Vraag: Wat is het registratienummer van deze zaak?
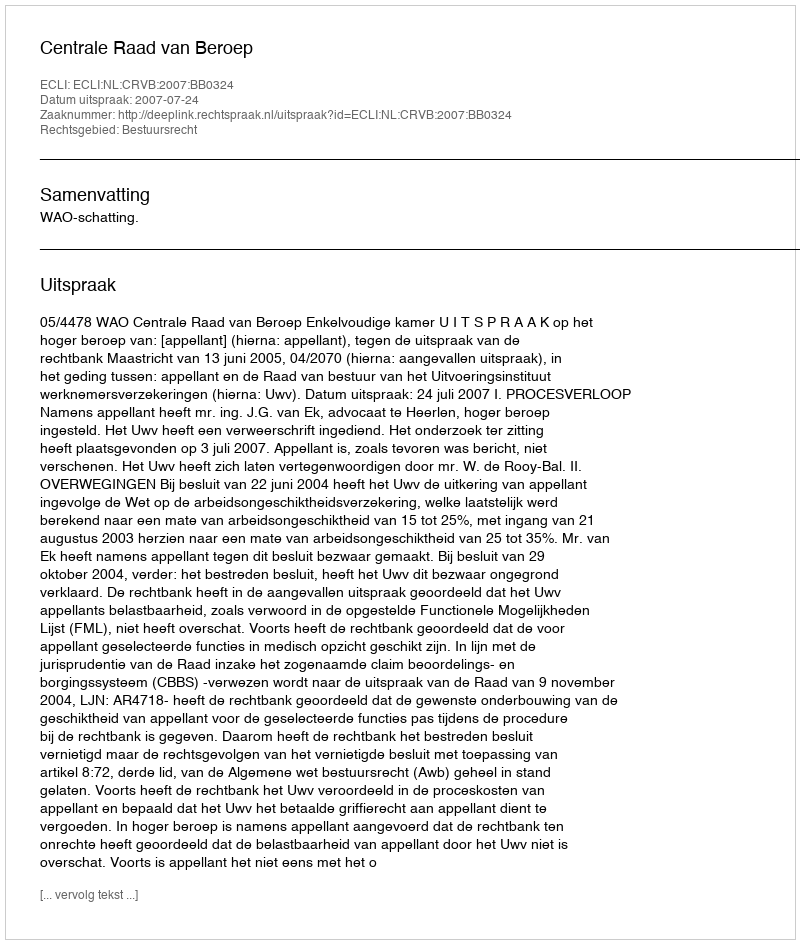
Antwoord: http://deeplink.rechtspraak.nl/uitspraak?id=ECLI:NL:CRVB:2007:BB0324